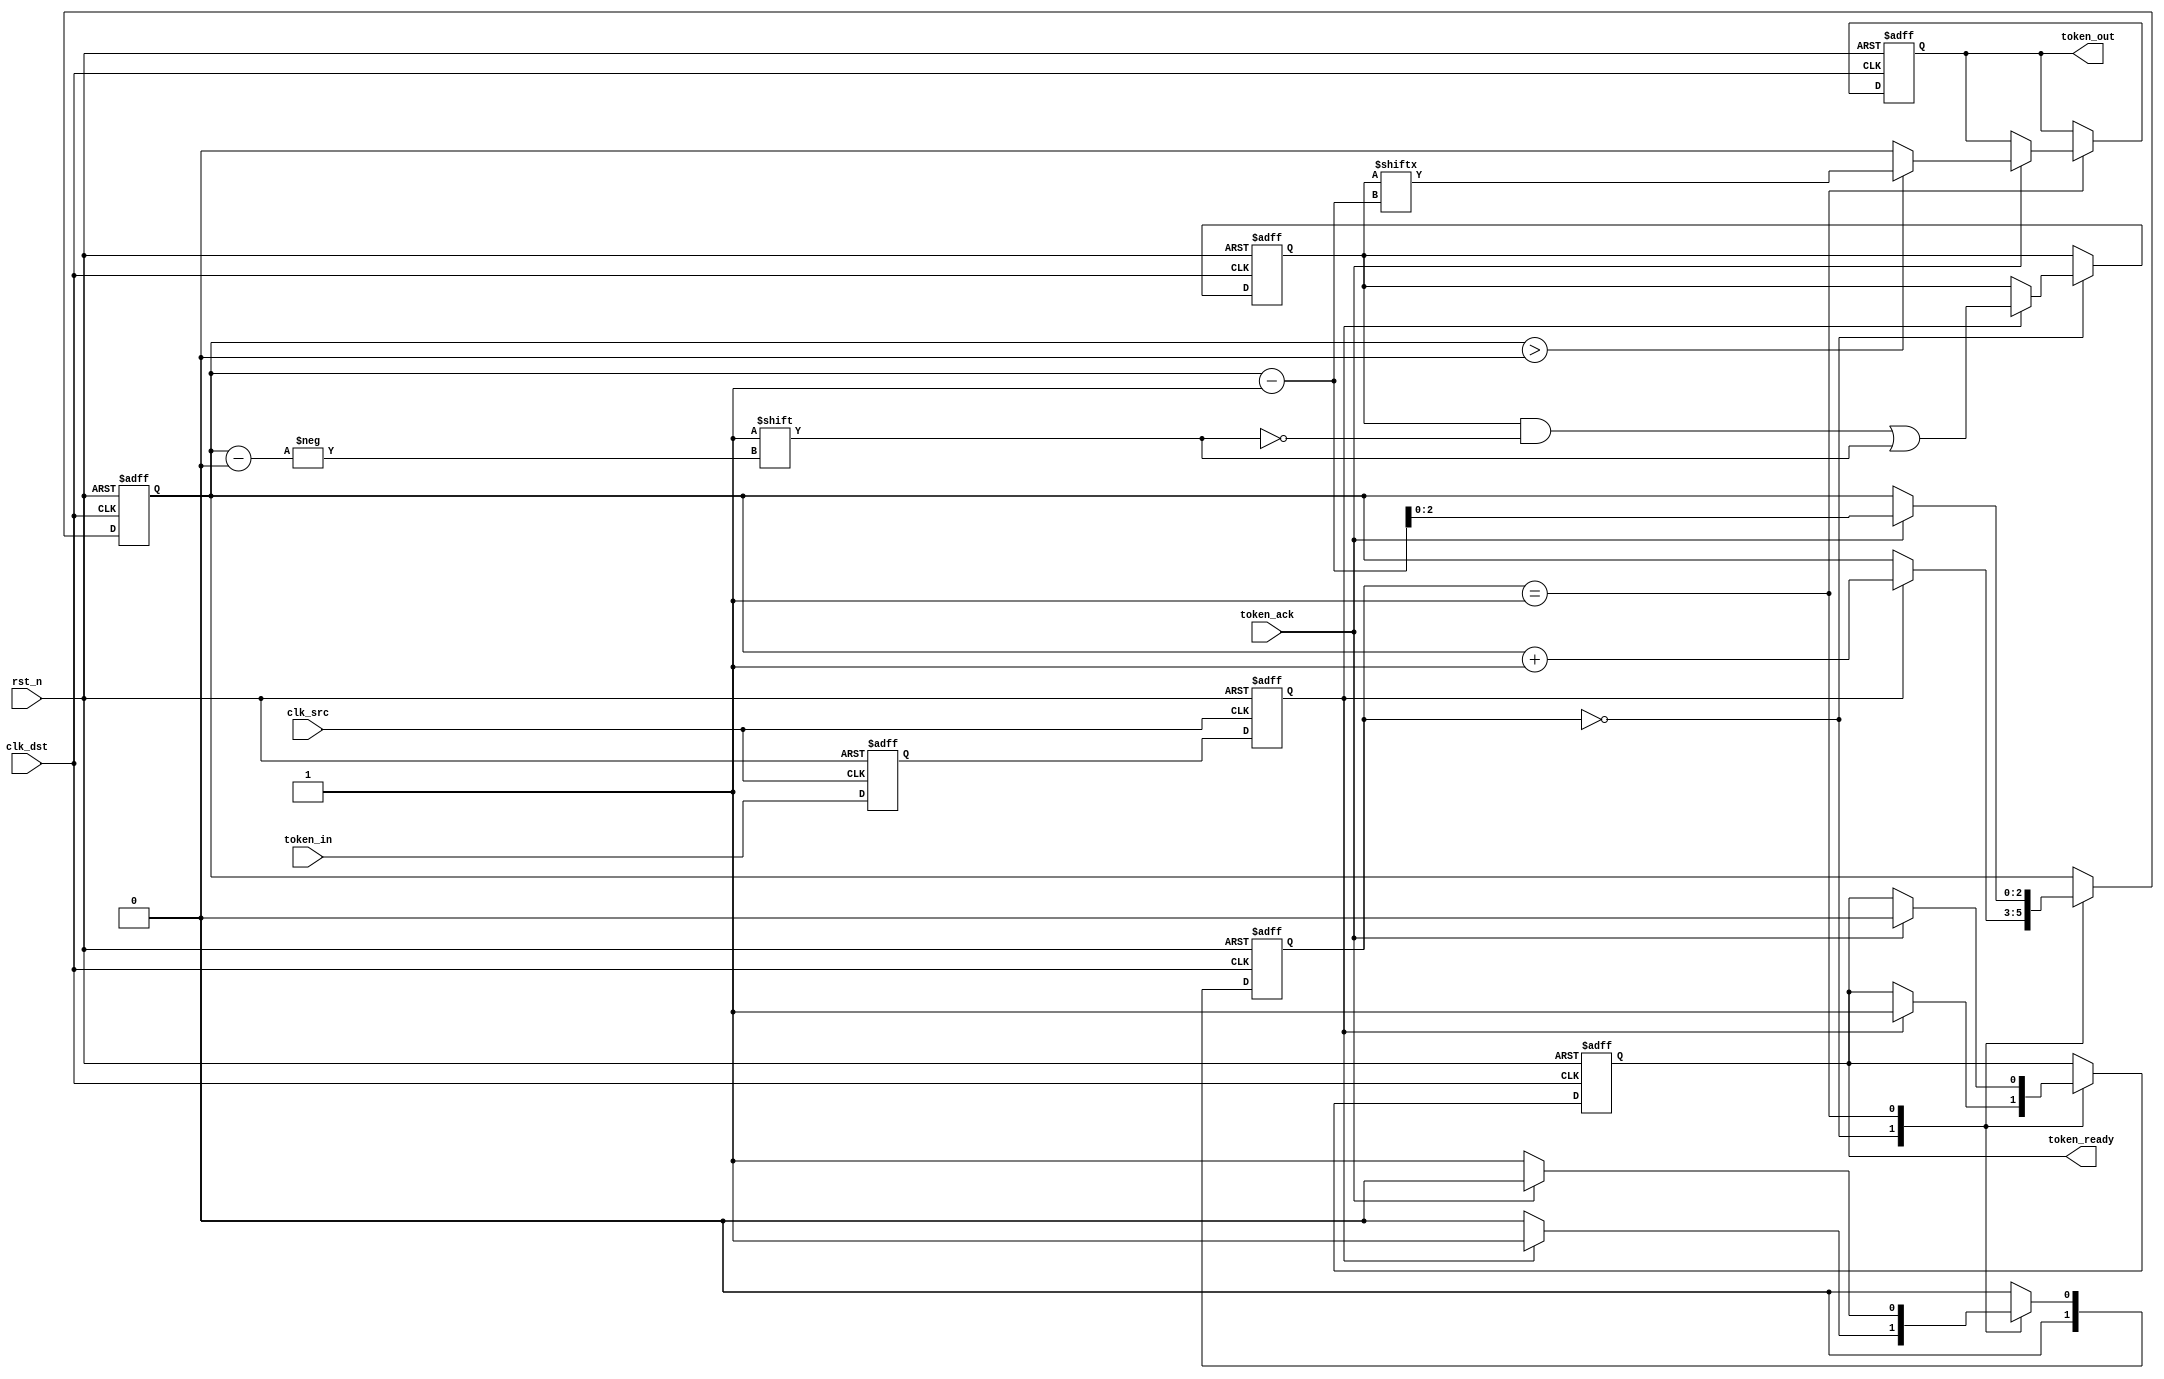
module TokenRingSynchronizer (
    input wire clk_src,           // Source clock
    input wire clk_dst,           // Destination clock
    input wire rst_n,             // Active low reset
    input wire token_in,          // Token input from source clock domain
    output reg token_out,         // Token output to destination clock domain
    output reg token_ready,       // Indicates token is ready in destination domain
    input wire token_ack          // Acknowledgment from destination domain
);

    // Parameters
    parameter FIFO_DEPTH = 4;     // Depth of FIFO buffer
    parameter STATE_IDLE = 2'b00,  // State definitions
              STATE_WAIT = 2'b01,
              STATE_SEND = 2'b10;

    // FIFO buffer
    reg [FIFO_DEPTH-1:0] fifo_buffer;
    reg [2:0] fifo_count;          // Count of tokens in FIFO
    reg [1:0] state, next_state;   // State machine variables

    // Synchronization registers
    reg token_sync_0, token_sync_1;

    // Asynchronous reset logic
    always @(posedge clk_src or negedge rst_n) begin
        if (!rst_n) begin
            token_sync_0 <= 1'b0;
            token_sync_1 <= 1'b0;
        end else begin
            token_sync_0 <= token_in; // First stage of synchronization
            token_sync_1 <= token_sync_0; // Second stage
        end
    end

    // State machine for token management
    always @(posedge clk_dst or negedge rst_n) begin
        if (!rst_n) begin
            state <= STATE_IDLE;
            token_out <= 1'b0;
            token_ready <= 1'b0;
            fifo_count <= 3'b000;
            fifo_buffer <= 4'b0000;
        end else begin
            state <= next_state;
            case (state)
                STATE_IDLE: begin
                    if (token_sync_1) begin
                        fifo_buffer[fifo_count] <= 1'b1; // Store token in FIFO
                        fifo_count <= fifo_count + 1;
                        token_ready <= 1'b1; // Indicate token is ready
                    end
                end
                STATE_WAIT: begin
                    if (token_ack) begin
                        token_ready <= 1'b0; // Clear ready signal on ack
                        fifo_count <= fifo_count - 1;
                        if (fifo_count > 0) begin
                            token_out <= fifo_buffer[fifo_count - 1]; // Send token
                        end else begin
                            token_out <= 1'b0; // No token to send
                        end
                    end
                end
                STATE_SEND: begin
                    // Logic for sending token (if needed)
                end
            endcase
        end
    end

    // Next state logic
    always @(*) begin
        case (state)
            STATE_IDLE: begin
                if (token_sync_1) begin
                    next_state = STATE_WAIT; // Move to wait state if token is available
                end else begin
                    next_state = STATE_IDLE; // Stay in idle state
                end
            end
            STATE_WAIT: begin
                if (token_ack) begin
                    next_state = STATE_IDLE; // Go back to idle after ack
                end else begin
                    next_state = STATE_WAIT; // Stay in wait state
                end
            end
            default: next_state = STATE_IDLE; // Default to idle state
        endcase
    end

endmodule